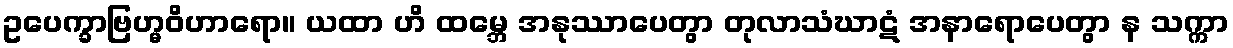
ဥပေက္ခာဗြဟ္မဝိဟာရော။ ယထာ ဟိ ထမ္ဘေ အနုဿာပေတွာ တုလာသံဃာဋံ အနာရောပေတွာ န သက္ကာ